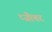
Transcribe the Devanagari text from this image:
प्जीतर